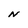
Character: N